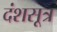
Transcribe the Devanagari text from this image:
दंशसूत्र